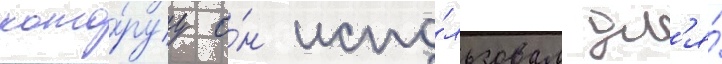
кото́руу о́н испо́льзовал дл'я́